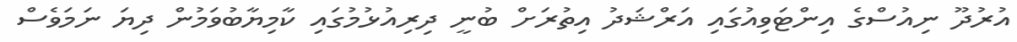
އުރުދޫ ނިއުސްގެ އިންޓަވިއުގައި އަރްޝަދު އިތުރަށް ބުނީ ދިރިއުޅުމުގައި ކާމިޔާބުވަމުން ދިޔަ ނަމަވެސް